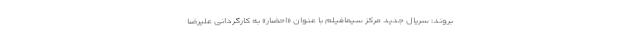
بروند: سریال جدید مرکز سیمافیلم با عنوان «احضار» به کارگردانی علیرضا